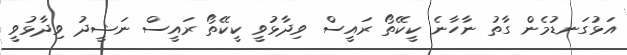
އަޅުގަނޑުމެން ގާތު ނާހާނެ ކީކޭތޯ ރައީސް ވިދާޅުވީ ކީކޭތޯ ރައީސް ނަޝީދު ވިދާޅުވީ